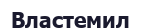
Властемил